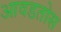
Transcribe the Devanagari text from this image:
आवडतोस